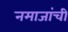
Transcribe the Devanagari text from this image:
नमाजांची